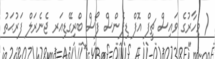
( މިހާރުގެ ވައިސް ޗީފް އޮފް ޑިފެންސް ފޯސް ބްރިގޭޑިއަރ ޖެނެރަލް ފަރުޙަތު